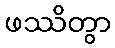
ဖဿိတွာ